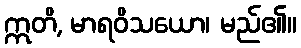
ဣတိ, မာရဝိသယော၊ မည်၏။